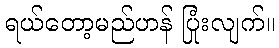
ရယ်တော့မည်ဟန် ပြုံးလျက်။